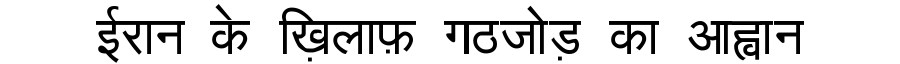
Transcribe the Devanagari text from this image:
ईरान के ख़िलाफ़ गठजोड़ का आह्वान